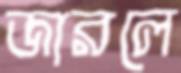
জারলে